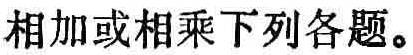
相加或相乘下列各题。